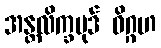
အန္တလိက္ခပုဒ် ဝိဂ္ဂဟ